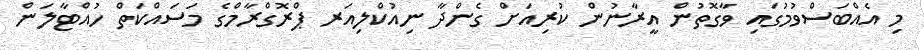
މި އެއްބަސްވުމުގައި ވާގޮތުން އީރާނުން ކުރިއަށް ގެންދާ ނިއުކްލިއަރ ޕްރޮގްރާމްގެ މަސައްކަތް ހުއްޓާލަން